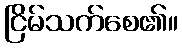
ငြိမ်သက်စေ၏။